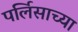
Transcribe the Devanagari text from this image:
पर्लिसाच्या